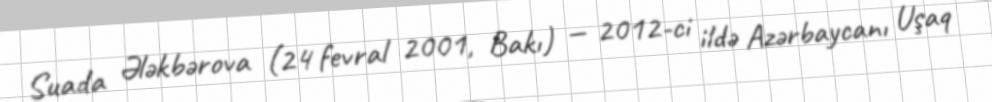
Suada Ələkbərova (24 fevral 2001, Bakı) — 2012-ci ildə Azərbaycanı Uşaq